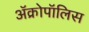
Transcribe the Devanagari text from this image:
ॲक्रोपॉलिस